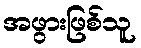
အဖွားဖြစ်သူ